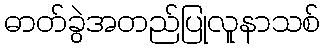
ဓာတ်ခွဲအတည်ပြုလူနာသစ်